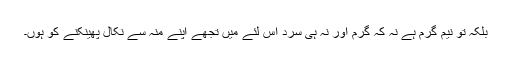
بلکہ تو نیم گرم ہے نہ کہ گرم اور نہ ہی سرد اس لئے میں تجھے اپنے منہ سے نکال پھینکنے کو ہوں۔